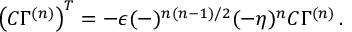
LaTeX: \left( { \cal C } \Gamma ^ { ( n ) } \right) ^ { T } = - \epsilon ( - ) ^ { n ( n - 1 ) / 2 } ( - \eta ) ^ { n } { \cal C } \Gamma ^ { ( n ) } \, .